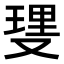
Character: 𫩆